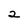
Character: 2